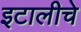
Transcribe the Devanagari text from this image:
इटालीचे